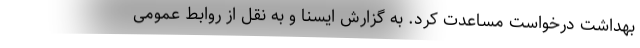
بهداشت درخواست مساعدت کرد. به گزارش ایسنا و به نقل از روابط عمومی